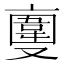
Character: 𠆎